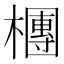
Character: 檲